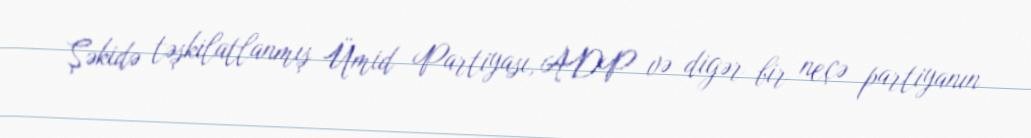
Şəkidə təşkilatlanmış Ümid Partiyası, ADP və digər bir neçə partiyanın